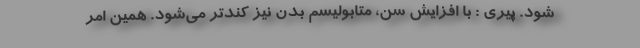
شود. پیری : با افزایش سن، متابولیسم بدن نیز کندتر می‌شود. همین امر